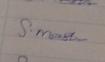
Signature authenticity: genuine